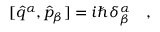
[ \hat { q } ^ { \alpha } , \hat { p } _ { \beta } ] = i \hbar \delta _ { \beta } ^ { \alpha } \ \ \ ,